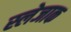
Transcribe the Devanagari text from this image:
स्लेजाक